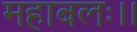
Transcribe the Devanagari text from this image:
महाबलः।।